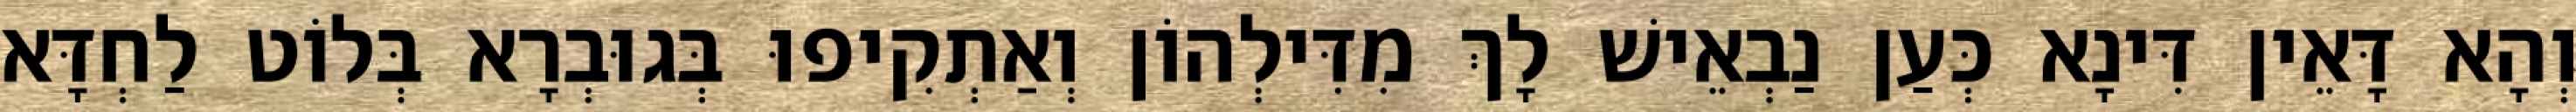
וְהָא דָּאֵין דִּינָא כְּעַן נַבְאֵישׁ לָךְ מִדִּילְהוֹן וְאַתְקִיפוּ בְּגוּבְרָא בְּלוֹט לַחְדָּא